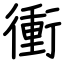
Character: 衝